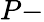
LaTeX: P-